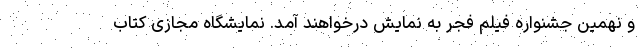
و نهمین جشنواره فیلم فجر به نمایش درخواهند آمد. نمایشگاه مجازی کتاب